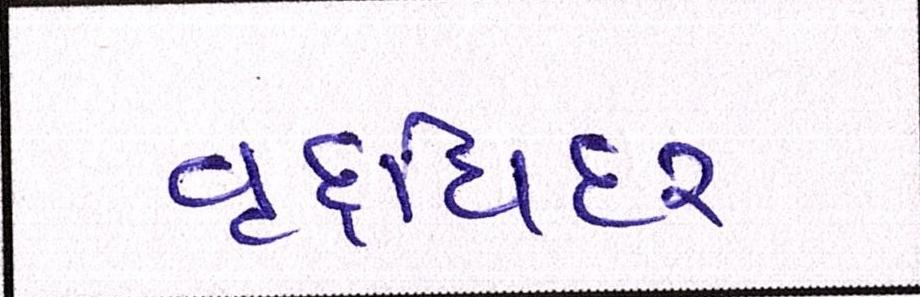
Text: વૃદ્ધિદર